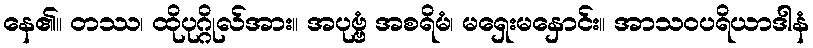
နေ၏။ တဿ၊ ထိုပုဂ္ဂိုလ်အား။ အပုဗ္ဗံ အစရိမံ၊ မရှေးမနှောင်း။ အာသဝပရိယာဒါနံ